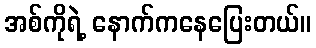
အစ်ကိုရဲ့ နောက်ကနေပြေးတယ်။